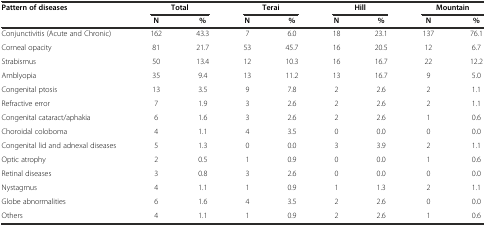
<table><thead><tr><td rowspan="2"><b>Pattern of diseases</b></td><td colspan="2"><b>Total</b></td><td colspan="2"><b>Terai</b></td><td colspan="2"><b>Hill</b></td><td colspan="2"><b>Mountain</b></td></tr><tr><td><b>N</b></td><td><b>%</b></td><td><b>N</b></td><td><b>%</b></td><td><b>N</b></td><td><b>%</b></td><td><b>N</b></td><td><b>%</b></td></tr></thead><tbody><tr><td>Conjunctivitis (Acute and Chronic)</td><td>162</td><td>43.3</td><td>7</td><td>6.0</td><td>18</td><td>23.1</td><td>137</td><td>76.1</td></tr><tr><td>Corneal opacity</td><td>81</td><td>21.7</td><td>53</td><td>45.7</td><td>16</td><td>20.5</td><td>12</td><td>6.7</td></tr><tr><td>Strabismus</td><td>50</td><td>13.4</td><td>12</td><td>10.3</td><td>16</td><td>16.7</td><td>22</td><td>12.2</td></tr><tr><td>Amblyopia</td><td>35</td><td>9.4</td><td>13</td><td>11.2</td><td>13</td><td>16.7</td><td>9</td><td>5.0</td></tr><tr><td>Congenital ptosis</td><td>13</td><td>3.5</td><td>9</td><td>7.8</td><td>2</td><td>2.6</td><td>2</td><td>1.1</td></tr><tr><td>Refractive error</td><td>7</td><td>1.9</td><td>3</td><td>2.6</td><td>2</td><td>2.6</td><td>2</td><td>1.1</td></tr><tr><td>Congenital cataract/aphakia</td><td>6</td><td>1.6</td><td>3</td><td>2.6</td><td>2</td><td>2.6</td><td>1</td><td>0.6</td></tr><tr><td>Choroidal coloboma</td><td>4</td><td>1.1</td><td>4</td><td>3.5</td><td>0</td><td>0.0</td><td>0</td><td>0.0</td></tr><tr><td>Congenital lid and adnexal diseases</td><td>5</td><td>1.3</td><td>0</td><td>0.0</td><td>3</td><td>3.9</td><td>2</td><td>1.1</td></tr><tr><td>Optic atrophy</td><td>2</td><td>0.5</td><td>1</td><td>0.9</td><td>0</td><td>0.0</td><td>1</td><td>0.6</td></tr><tr><td>Retinal diseases</td><td>3</td><td>0.8</td><td>3</td><td>2.6</td><td>0</td><td>0.0</td><td>0</td><td>0.0</td></tr><tr><td>Nystagmus</td><td>4</td><td>1.1</td><td>1</td><td>0.9</td><td>1</td><td>1.3</td><td>2</td><td>1.1</td></tr><tr><td>Globe abnormalities</td><td>6</td><td>1.6</td><td>4</td><td>3.5</td><td>2</td><td>2.6</td><td>0</td><td>0.0</td></tr><tr><td>Others</td><td>4</td><td>1.1</td><td>1</td><td>0.9</td><td>2</td><td>2.6</td><td>1</td><td>0.6</td></tr></tbody></table>